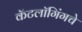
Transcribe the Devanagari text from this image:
कॅटलॉगिंगचे